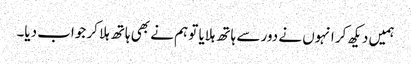
ہمیں دیکھ کر انہوں نے دور سے ہاتھ ہلایا تو ہم نے بھی ہاتھ ہلا کر جواب دیا۔